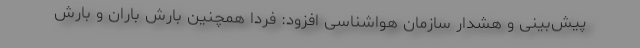
پیش‌بینی و هشدار سازمان هواشناسی افزود: فردا همچنین بارش باران و بارش